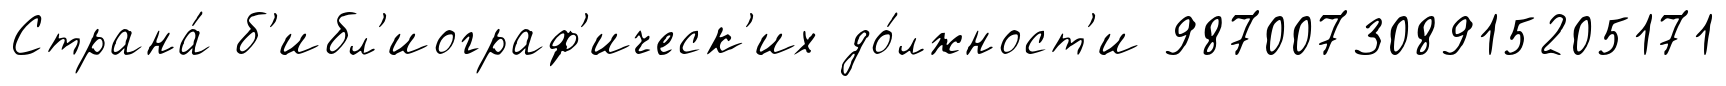
Страна́ б'ибл'иограф'ическ'их до́лжност'и 987007308915205171